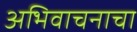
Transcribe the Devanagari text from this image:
अभिवाचनाचा